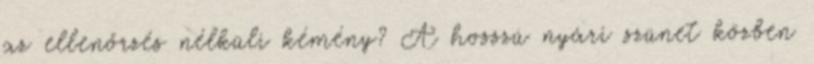
az ellenőrzés nélküli kémény? A hosszú nyári szünet közben